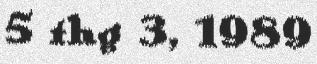
5 thg 3, 1989